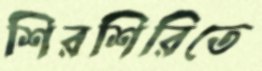
শিরশিরিতে